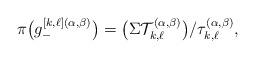
LaTeX: \begin{gather*}\pi\big(g^{[k,\ell](\alpha,\beta)}_{-}\big)=\big(\Sigma\mathcal{T}_{k,\ell}^{(\alpha,\beta)}\big)/\tau_{k,\ell}^{(\alpha,\beta)},\end{gather*}